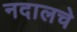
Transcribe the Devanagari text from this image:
नदालचे